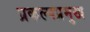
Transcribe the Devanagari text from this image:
प्रकल्पप्रमुख